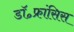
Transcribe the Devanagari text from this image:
डॉ॰फ्रांसिस